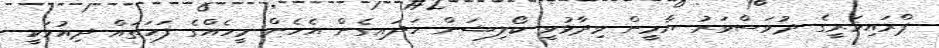
ޕްރައިމަރީގެ ދުވަސްވަރު ޔާމީން ވިދާޅުވީ ކޯލިޝަން ހަދައިގެން އެހެން މީހެއްގެ ފަހަތައް ދިއުމަކީ